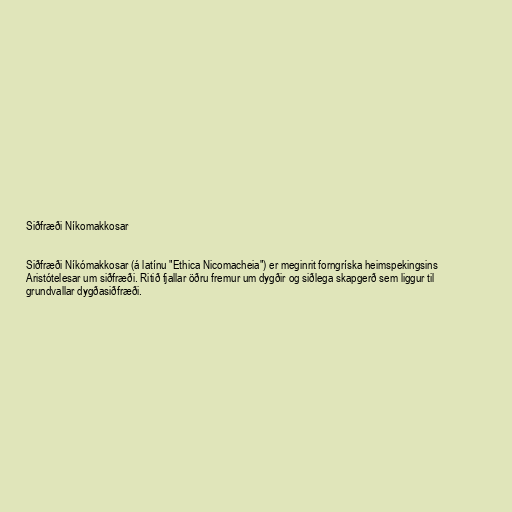
Siðfræði Níkomakkosar

Siðfræði Níkómakkosar (á latínu "Ethica Nicomacheia") er meginrit forngríska heimspekingsins
Aristótelesar um siðfræði. Ritið fjallar öðru fremur um dygðir og siðlega skapgerð sem liggur til
grundvallar dygðasiðfræði.